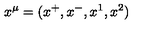
x ^ { \mu } = ( x ^ { + } , x ^ { - } , x ^ { 1 } , x ^ { 2 } )